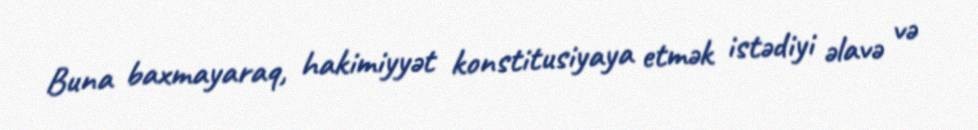
Buna baxmayaraq, hakimiyyət konstitusiyaya etmək istədiyi əlavə və